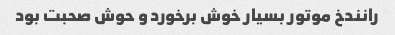
رانندخ موتور بسیار خوش برخورد و حوش صحبت بود